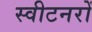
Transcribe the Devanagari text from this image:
स्वीटनरों